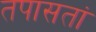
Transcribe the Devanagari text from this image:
तपासतां